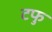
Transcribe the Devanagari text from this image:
टफु